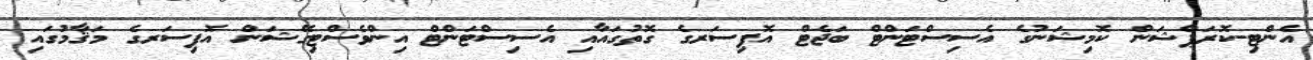
އެންޓި-ކޮރަޕްޝަން ކޮމިޝަނުގެ އެސިސްޓަންޓް ބަޖެޓް އޮފިސަރގެ ގޮތުގައާއި އެސިސްޓަންޓް އިންވެސްޓިގޭޝަން އޮފިސަރގެ މަޤާމުގައި